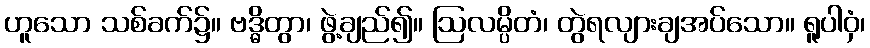
ဟူသော သစ်ခက်၌။ ဗဒ္ဓိတွာ၊ ဖွဲ့ချည်၍။ ဩလမ္ပိတံ၊ တွဲရလျားချအပ်သော။ ရူပါဝှံ၊